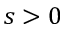
s > 0